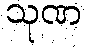
သုဏ